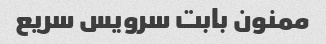
ممنون بابت سرویس سریع